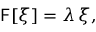
\mathsf { F } [ \boldsymbol { \xi } ] = \lambda \, \boldsymbol { \xi } ,